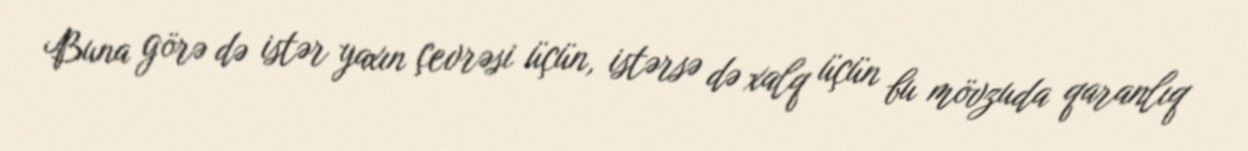
Buna görə də istər yaxın çevrəsi üçün, istərsə də xalq üçün bu mövzuda qaranlıq